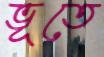
ভূতে